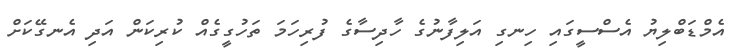
އެމްޑަބްލިޔު އެސްސީގައި ހިނގި އަލިފާނުގެ ހާދިސާގެ ފުރިހަމަ ތަހުގީގެއް ކުރިކަން އަދި އެނގޭކަށް